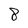
Character: 8